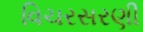
વિચરસરણી